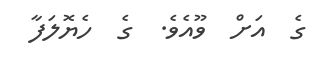
ގެ  އަށް  ވޫއެވެ.  ގެ  ހެޔޮލަފާ